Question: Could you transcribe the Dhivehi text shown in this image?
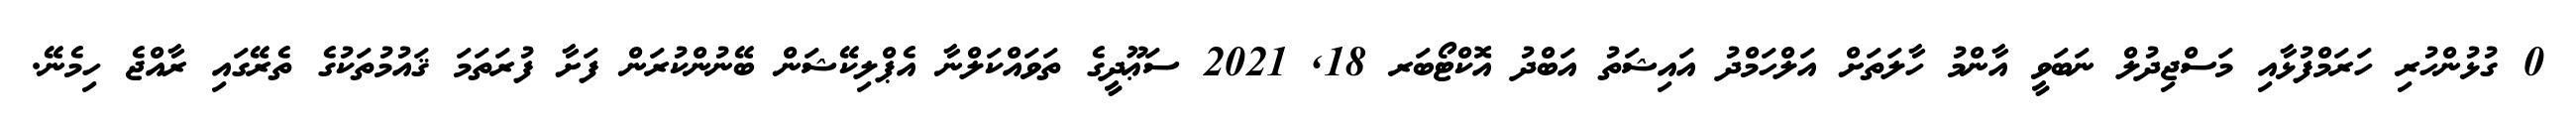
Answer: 0 ގުޅުންހުރި ހަރަމްފުޅާއި މަސްޖިދުލް ނަބަވީ އާންމު ހާލަތަށް އަލްހަމްދު އައިޝަތު އަބްދު އޮކްޓޯބަރ 18, 2021 ސަޢޫދީގެ ތަވައްކަލްނާ އެޕްލިކޭޝަން ބޭނުންކުރަން ފަށާ ފުރަތަމަ ޤައުމުތަކުގެ ތެރޭގައި ރާއްޖެ ހިމެނޭ.